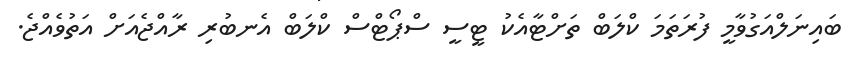
ބައިނަލްއަގުވާމީ ފުރަތަމަ ކްލަބް ތަށްޓާއެކު ޓީސީ ސްޕޯޓްސް ކްލަބް އެނބުރި ރާއްޖެއަށް އަތުވެއްޖެ.